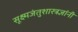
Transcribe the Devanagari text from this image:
सूक्ष्मजंतुशास्त्रज्ञांनी